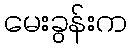
မေးခွန်းက